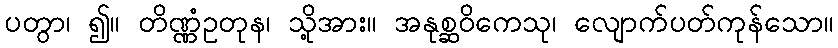
ပတွာ၊ ၍။ တိဏ္ဏံဥတုန၊ သို့အား။ အနုစ္ဆဝိကေသု၊ လျောက်ပတ်ကုန်သော။